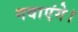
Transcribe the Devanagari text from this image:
गवाएंगे।